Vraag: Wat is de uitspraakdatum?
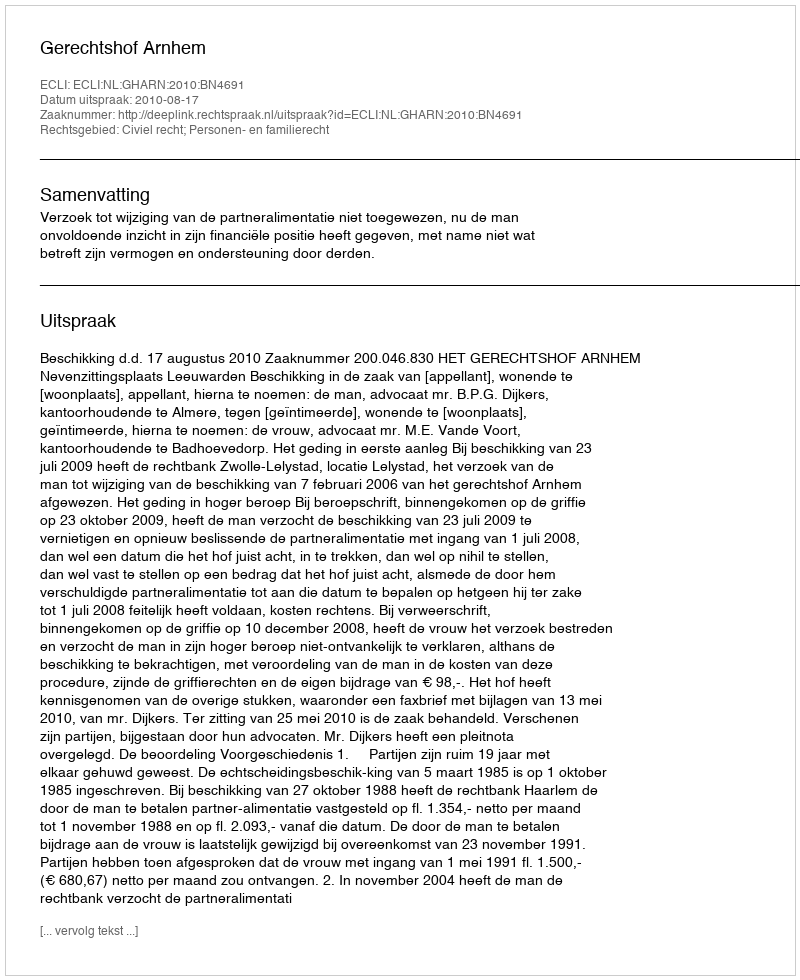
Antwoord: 2010-08-17